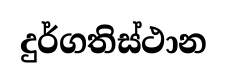
දුර්ගතිස්ථාන